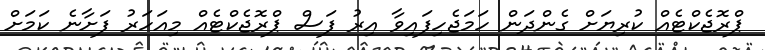
ޕްރޮޖެކްޓެއް ކުރިޔަށް ގެންދަން ހަމަޖެހިފައިވާ އިރު ފަސް ޕްރޮޖެކްޓެއް މިއަހަރު ފަށާނެ ކަމަށް